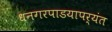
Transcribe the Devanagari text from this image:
धनगरपाडयापर्यंत